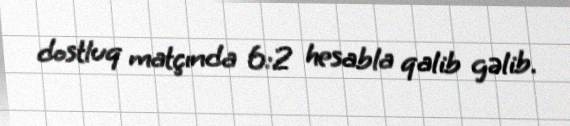
dostluq matçında 6:2 hesabla qalib gəlib.